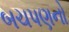
બચપણનો